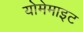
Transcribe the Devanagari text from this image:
योमेमाइट